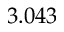
3 . 0 4 3